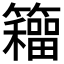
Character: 𮆹